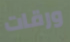
ورقات